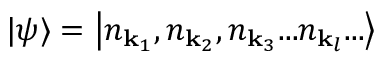
| \psi \rangle = \left| n _ { \mathbf { k } _ { 1 } } , n _ { \mathbf { k } _ { 2 } } , n _ { \mathbf { k } _ { 3 } } . . . n _ { \mathbf { k } _ { l } } . . . \right\rangle